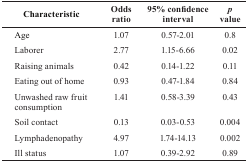
| Characteristic | Odds ratio | 95% confidence interval | p value |
 | --- | --- | --- | --- |
 | Age | 1.07 | 0.57-2.01 | 0.8 |
 | Laborer | 2.77 | 1.15-6.66 | 0.02 |
 | Raising animals | 0.42 | 0.14-1.22 | 0.11 |
 | Eating out of home | 0.93 | 0.47-1.84 | 0.84 |
 | Unwashed raw fruit consumption | 1.41 | 0.58-3.39 | 0.43 |
 | Soil contact | 0.13 | 0.03-0.53 | 0.004 |
 | Lymphadenopathy | 4.97 | 1.74-14.13 | 0.002 |
 | Ill status | 1.07 | 0.39-2.92 | 0.89 |